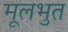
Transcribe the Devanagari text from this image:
मूलभुत